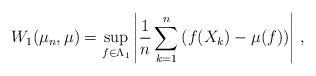
LaTeX: \begin{align*} W_1(\mu_n, \mu)= \sup_{f \in \Lambda_1} \left | \frac 1 n \sum_{k=1}^n \left ( f(X_k) - \mu(f) \right ) \right| \, ,\end{align*}